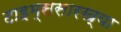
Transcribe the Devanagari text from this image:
टाइम्ससारख्या